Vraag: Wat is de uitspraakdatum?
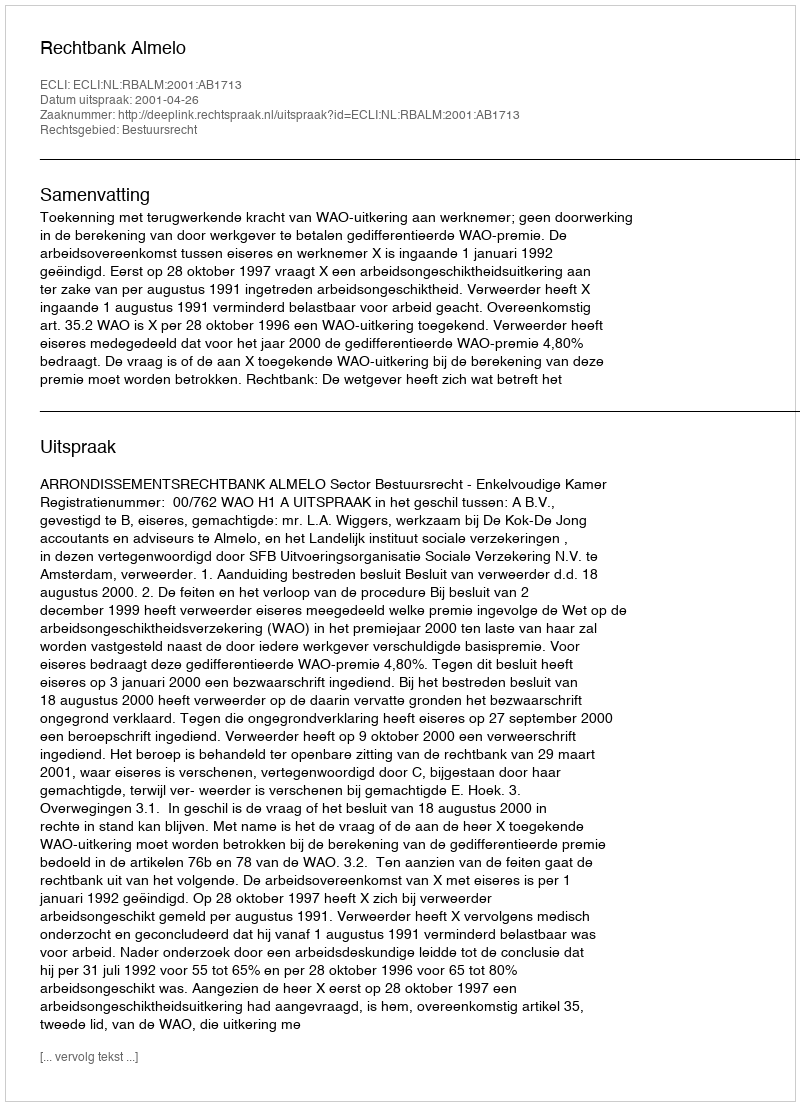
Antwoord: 2001-04-26